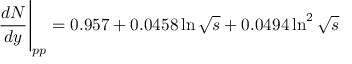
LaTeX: \frac { d N } { d y } \Bigg \vert _ { p p } = 0 . 9 5 7 + 0 . 0 4 5 8 \ln { \sqrt { s } } + 0 . 0 4 9 4 \ln ^ { 2 } { \sqrt { s } }